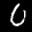
Label: 0